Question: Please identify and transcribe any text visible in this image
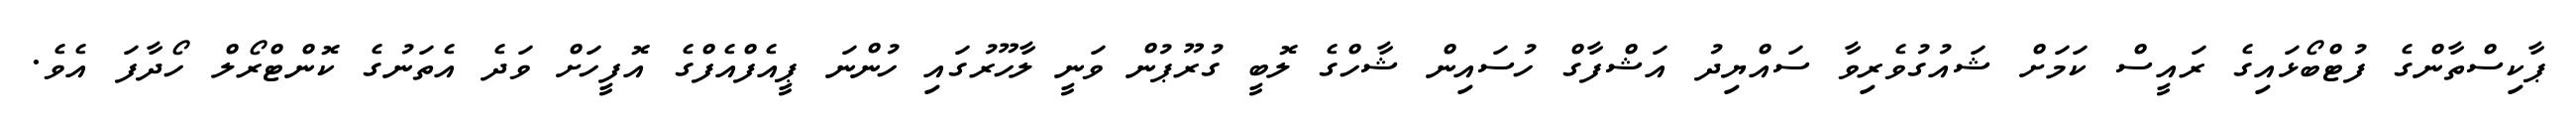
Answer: ޕާކިސްތާންގެ ފުޓްބޯޅައިގެ ރައީސް ކަމަށް ޝައުގުވެރިވާ ސައްޔިދު އަޝްފާގް ހުސައިން ޝާހްގެ ލޮބީ ގުރޫޕުން ވަނީ ލާހޫރުގައި ހުންނަ ޕީއެފްއެފްގެ އޮފީހަށް ވަދެ އެތަނުގެ ކޮންޓްރޯލް ހޯދާފަ އެވެ.